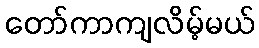
တော်ကာကျလိမ့်မယ်